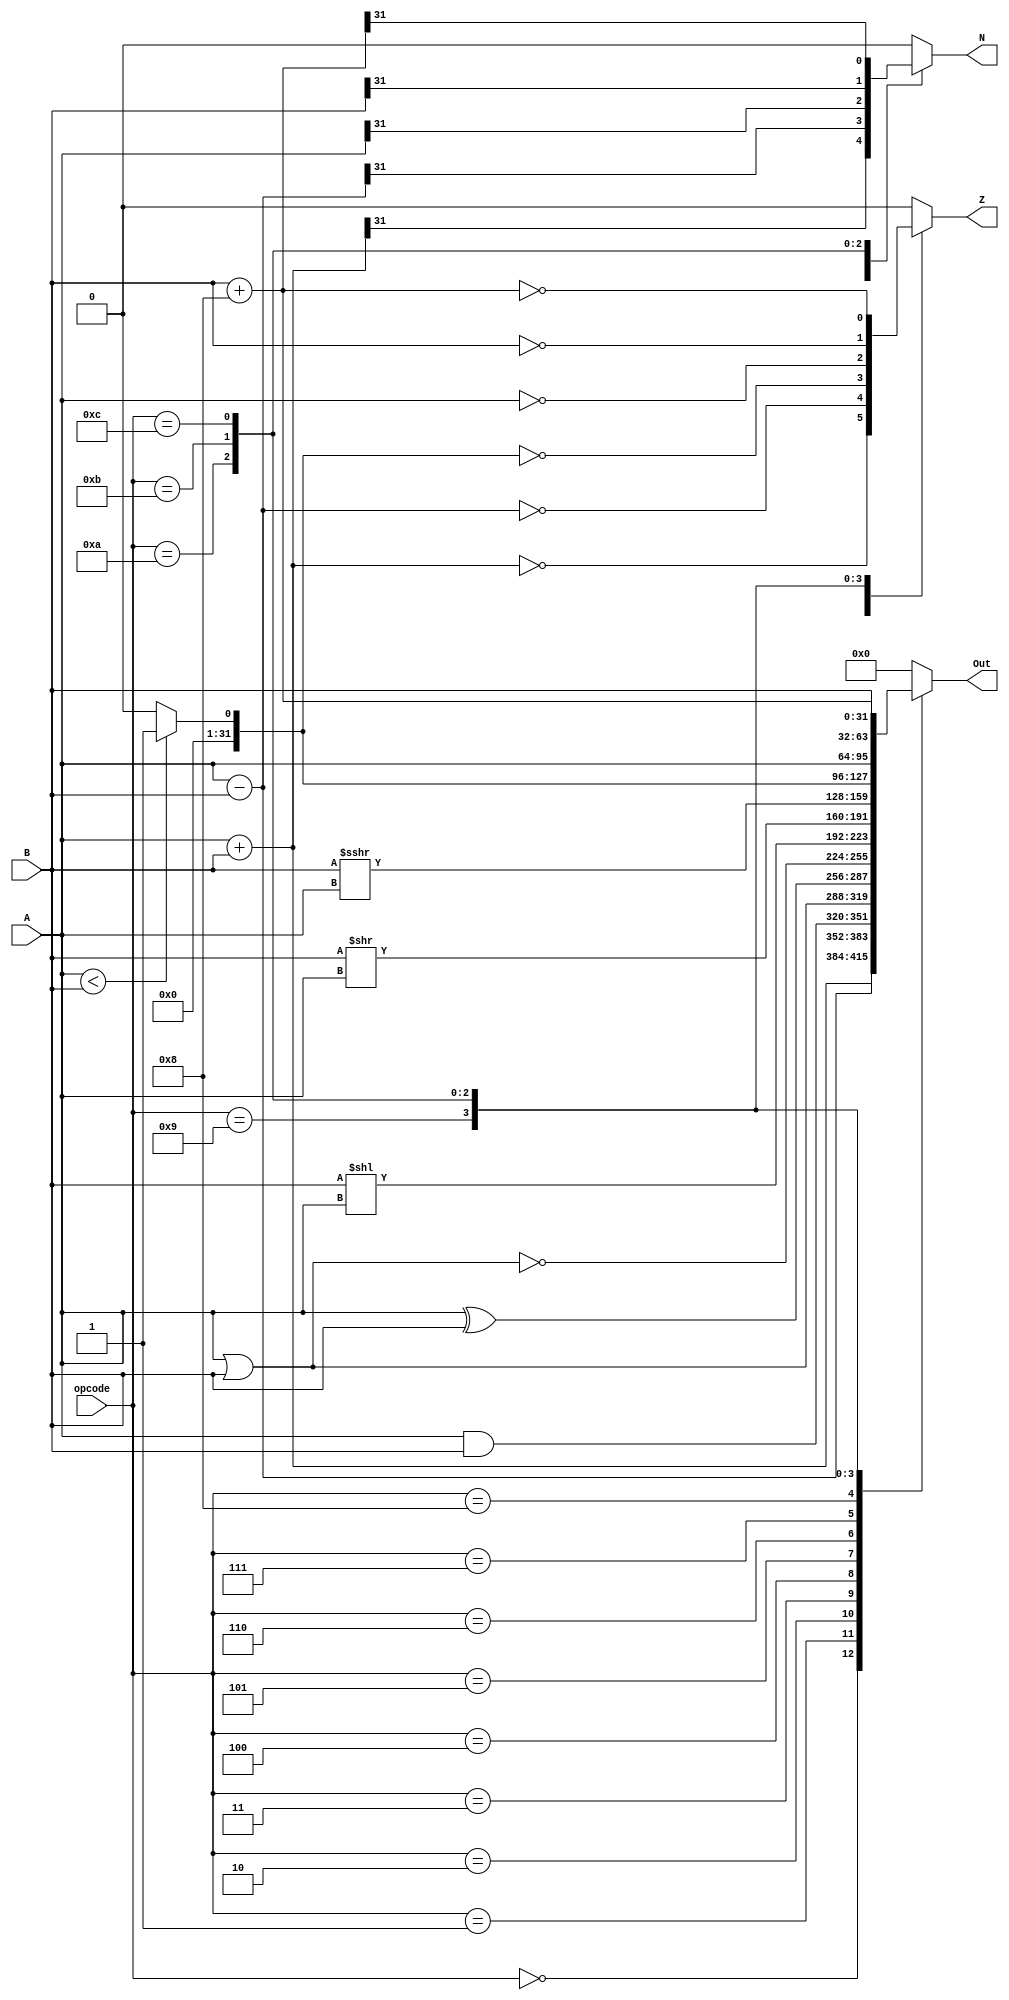
module ALU(
    input [31:0] A,
    input [31:0] B,
    input [3:0] opcode,
    output reg [31:0] Out,
    output reg Z,
    output reg N
);

always @ (*) begin
    case(opcode)
        4'b0000: begin // A + B, Z N
            Out = A + B;
            Z = (Out == 32'b0);
            N = (Out[31] == 1);
        end
        4'b0001: begin // A - B, Z N
            Out = A - B;
            Z = (Out == 32'b0);
            N = (Out[31] == 1);
        end
        4'b0010: begin // A and B ,none
            Out = A & B;
            Z = 1'b0;
            N = 1'b0;
        end
        4'b0011: begin // A or B ,none
            Out = A | B;
            Z = 1'b0;
            N = 1'b0;
        end
        4'b0100: begin // A xor B,none
            Out = A ^ B;
            Z = 1'b0;
            N = 1'b0;
        end
        4'b0101: begin // A nor B ,none
            Out = ~(A | B);
            Z = 1'b0;
            N = 1'b0;
        end
        4'b0110: begin // shift left logical (B) A positions 
            Out = B << A;
            Z = 1'b0;
            N = 1'b0;
        end
        4'b0111: begin // shift right logical (B) A positions 
            Out = B >> A;
            Z = 1'b0;
            N = 1'b0;
        end
        4'b1000: begin // shift right arithmetic (B) A positions 
            Out = $signed(B) >>> A;
            Z = 1'b0;
            N = 1'b0;
        end
        4'b1001: begin // If (A < B) then Out=1, else Out=0 ,Z N
            Out = (A < B) ? 1 : 0;
            Z = (Out == 0); 
            N = 1'b0;     
        end


        4'b1010: begin // A 
            Out = A;
            Z = (Out == 32'b0);
            N = (Out[31] == 1);
        end
        4'b1011: begin // B 
            Out = B;
            Z = (Out == 32'b0);
            N = (Out[31] == 1);
        end
        4'b1100: begin // B + 8 
            Out = B + 8;
            Z = (Out == 32'b0);
            N = (Out[31] == 1);
        end
        default: begin
            Out = 32'b0;
            Z = 1'b0;
            N = 1'b0;
        end
    endcase
end

endmodule

// `timescale 1ns / 1ps

// module ALU_Testbench;

// reg [31:0] A, B;
// reg [3:0] opcode;
// wire [31:0] Out;
// wire Z, N;

// // Instantiate the ALU module
// ALU uut (
//     .A(A),
//     .B(B),
//     .opcode(opcode),
//     .Out(Out),
//     .Z(Z),
//     .N(N)
// );


// reg clk = 0;
// always #5 clk = ~clk;


// initial begin
//     $display("Opcode    A                                B                                Result                                         A(dec)           B(dec)      Result(dec)            Z    N ");

//     // Test Case 1
//     A = 32'b10;
//     B = 32'b11;
//     opcode = 4'b0000; // A + B, Z N
//     #10;
//     $display("%b   %b   %b   %b        %d         %d         %d           %b   %b", opcode, A, B, Out, A, B, Out, Z, N);

//     // Test Case 2
//     A = 32'b10;
//     B = 32'b10;
//     opcode = 4'b0001; // A - B, Z N
//     #10;
//     $display("%b   %b   %b   %b        %d         %d         %d           %b   %b", opcode, A, B, Out, A, B, Out, Z, N);

//     // Test Case 3
//     A = 32'b101;
//     B = 32'b11;
//     opcode = 4'b0010; // A and B
//     #10;
//     $display("%b   %b   %b   %b        %d         %d         %d           %b   %b", opcode, A, B, Out, A, B, Out, Z, N);

//     // Test Case 4
//     A = 32'b101;
//     B = 32'b11;
//     opcode = 4'b0011; // A or B
//     #10;
//     $display("%b   %b   %b   %b        %d         %d         %d           %b   %b", opcode, A, B, Out, A, B, Out, Z, N);

//     // Test Case 5
//     A = 32'b101;
//     B = 32'b11;
//     opcode = 4'b0100; // A xor B
//     #10;
//     $display("%b   %b   %b   %b        %d         %d         %d           %b   %b", opcode, A, B, Out, A, B, Out, Z, N);

//     // Test Case 6
//     A = 32'b101;
//     B = 32'b11;
//     opcode = 4'b0101; // A nor B
//     #10;
//     $display("%b   %b   %b   %b        %d         %d         %d           %b   %b", opcode, A, B, Out, A, B, Out, Z, N);

//     // Test Case 7
//     A = 32'b10;
//     B = 32'b1;
//     opcode = 4'b0110; // Shift Left Logical (B) A positions
//     #10;
//     $display("%b   %b   %b   %b        %d         %d         %d           %b   %b", opcode, A, B, Out, A, B, Out, Z, N);

//     // Test Case 8
//     A = 32'b100;
//     B = 32'b10;
//     opcode = 4'b0111; // Shift Right Logical (B) A positions
//     #10;
//     $display("%b   %b   %b   %b        %d         %d         %d           %b   %b", opcode, A, B, Out, A, B, Out, Z, N);

//     // Test Case 9
//     A = 32'b1001;
//     B = 32'b1;
//     opcode = 4'b1000; // Shift Right Arithmetic (B) A positions
//     #10;
//     $display("%b   %b   %b   %b        %d         %d         %d           %b   %b", opcode, A, B, Out, A, B, Out, Z, N);

//     // Test Case 10
//     A = 32'b11;
//     B = 32'b11;
//     opcode = 4'b1001; // If (A < B) then Out=1, else Out=0
//     #10;
//     $display("%b   %b   %b   %b        %d         %d         %d           %b   %b", opcode, A, B, Out, A, B, Out, Z, N);

//     // Test Case 11
//     A = 32'b10;
//     B = 32'b11;
//     opcode = 4'b1010; // A
//     #10;
//     $display("%b   %b   %b   %b        %d         %d         %d           %b   %b", opcode, A, B, Out, A, B, Out, Z, N);

//     // Test Case 12
//     A = 32'b10;
//     B = 32'b11;
//     opcode = 4'b1011; // B
//     #10;
//     $display("%b   %b   %b   %b        %d         %d         %d           %b   %b", opcode, A, B, Out, A, B, Out, Z, N);

//     // Test Case 13
//     A = 32'b10;
//     B = 32'b1010;
//     opcode = 4'b1100; // B + 8
//     #10;
//     $display("%b   %b   %b   %b        %d         %d         %d           %b   %b", opcode, A, B, Out, A, B, Out, Z, N);

//     $finish;
// end

// endmodule